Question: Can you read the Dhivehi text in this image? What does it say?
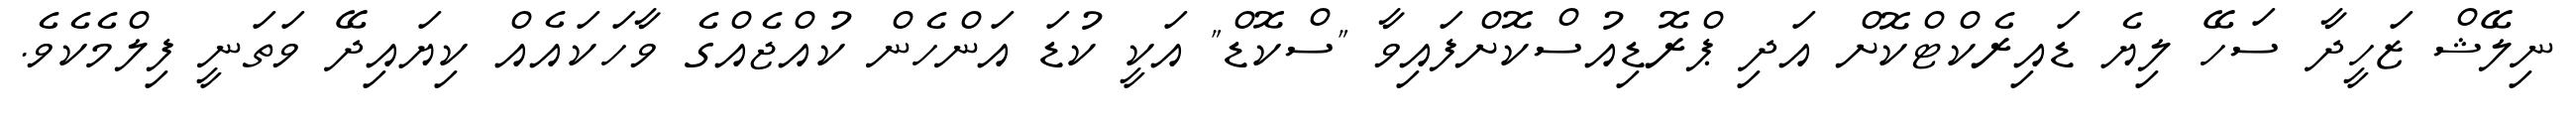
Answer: ނިލޭޝް ޒަހީދާ ސަހޭ ލިޔެ ޑައިރެކްޓްކޮށް އަދި ޕްރޮޑިއުސްކޮށްފައިވާ "ސްކޮޑް" އަކީ ކުޑަ އަންހެން ކުއްޖެއްގެ ވާހަކައެއް ކިޔައިދޭ ވަތަނީ ފިލްމެކެވެ.